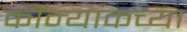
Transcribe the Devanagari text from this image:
कॉन्याकच्या